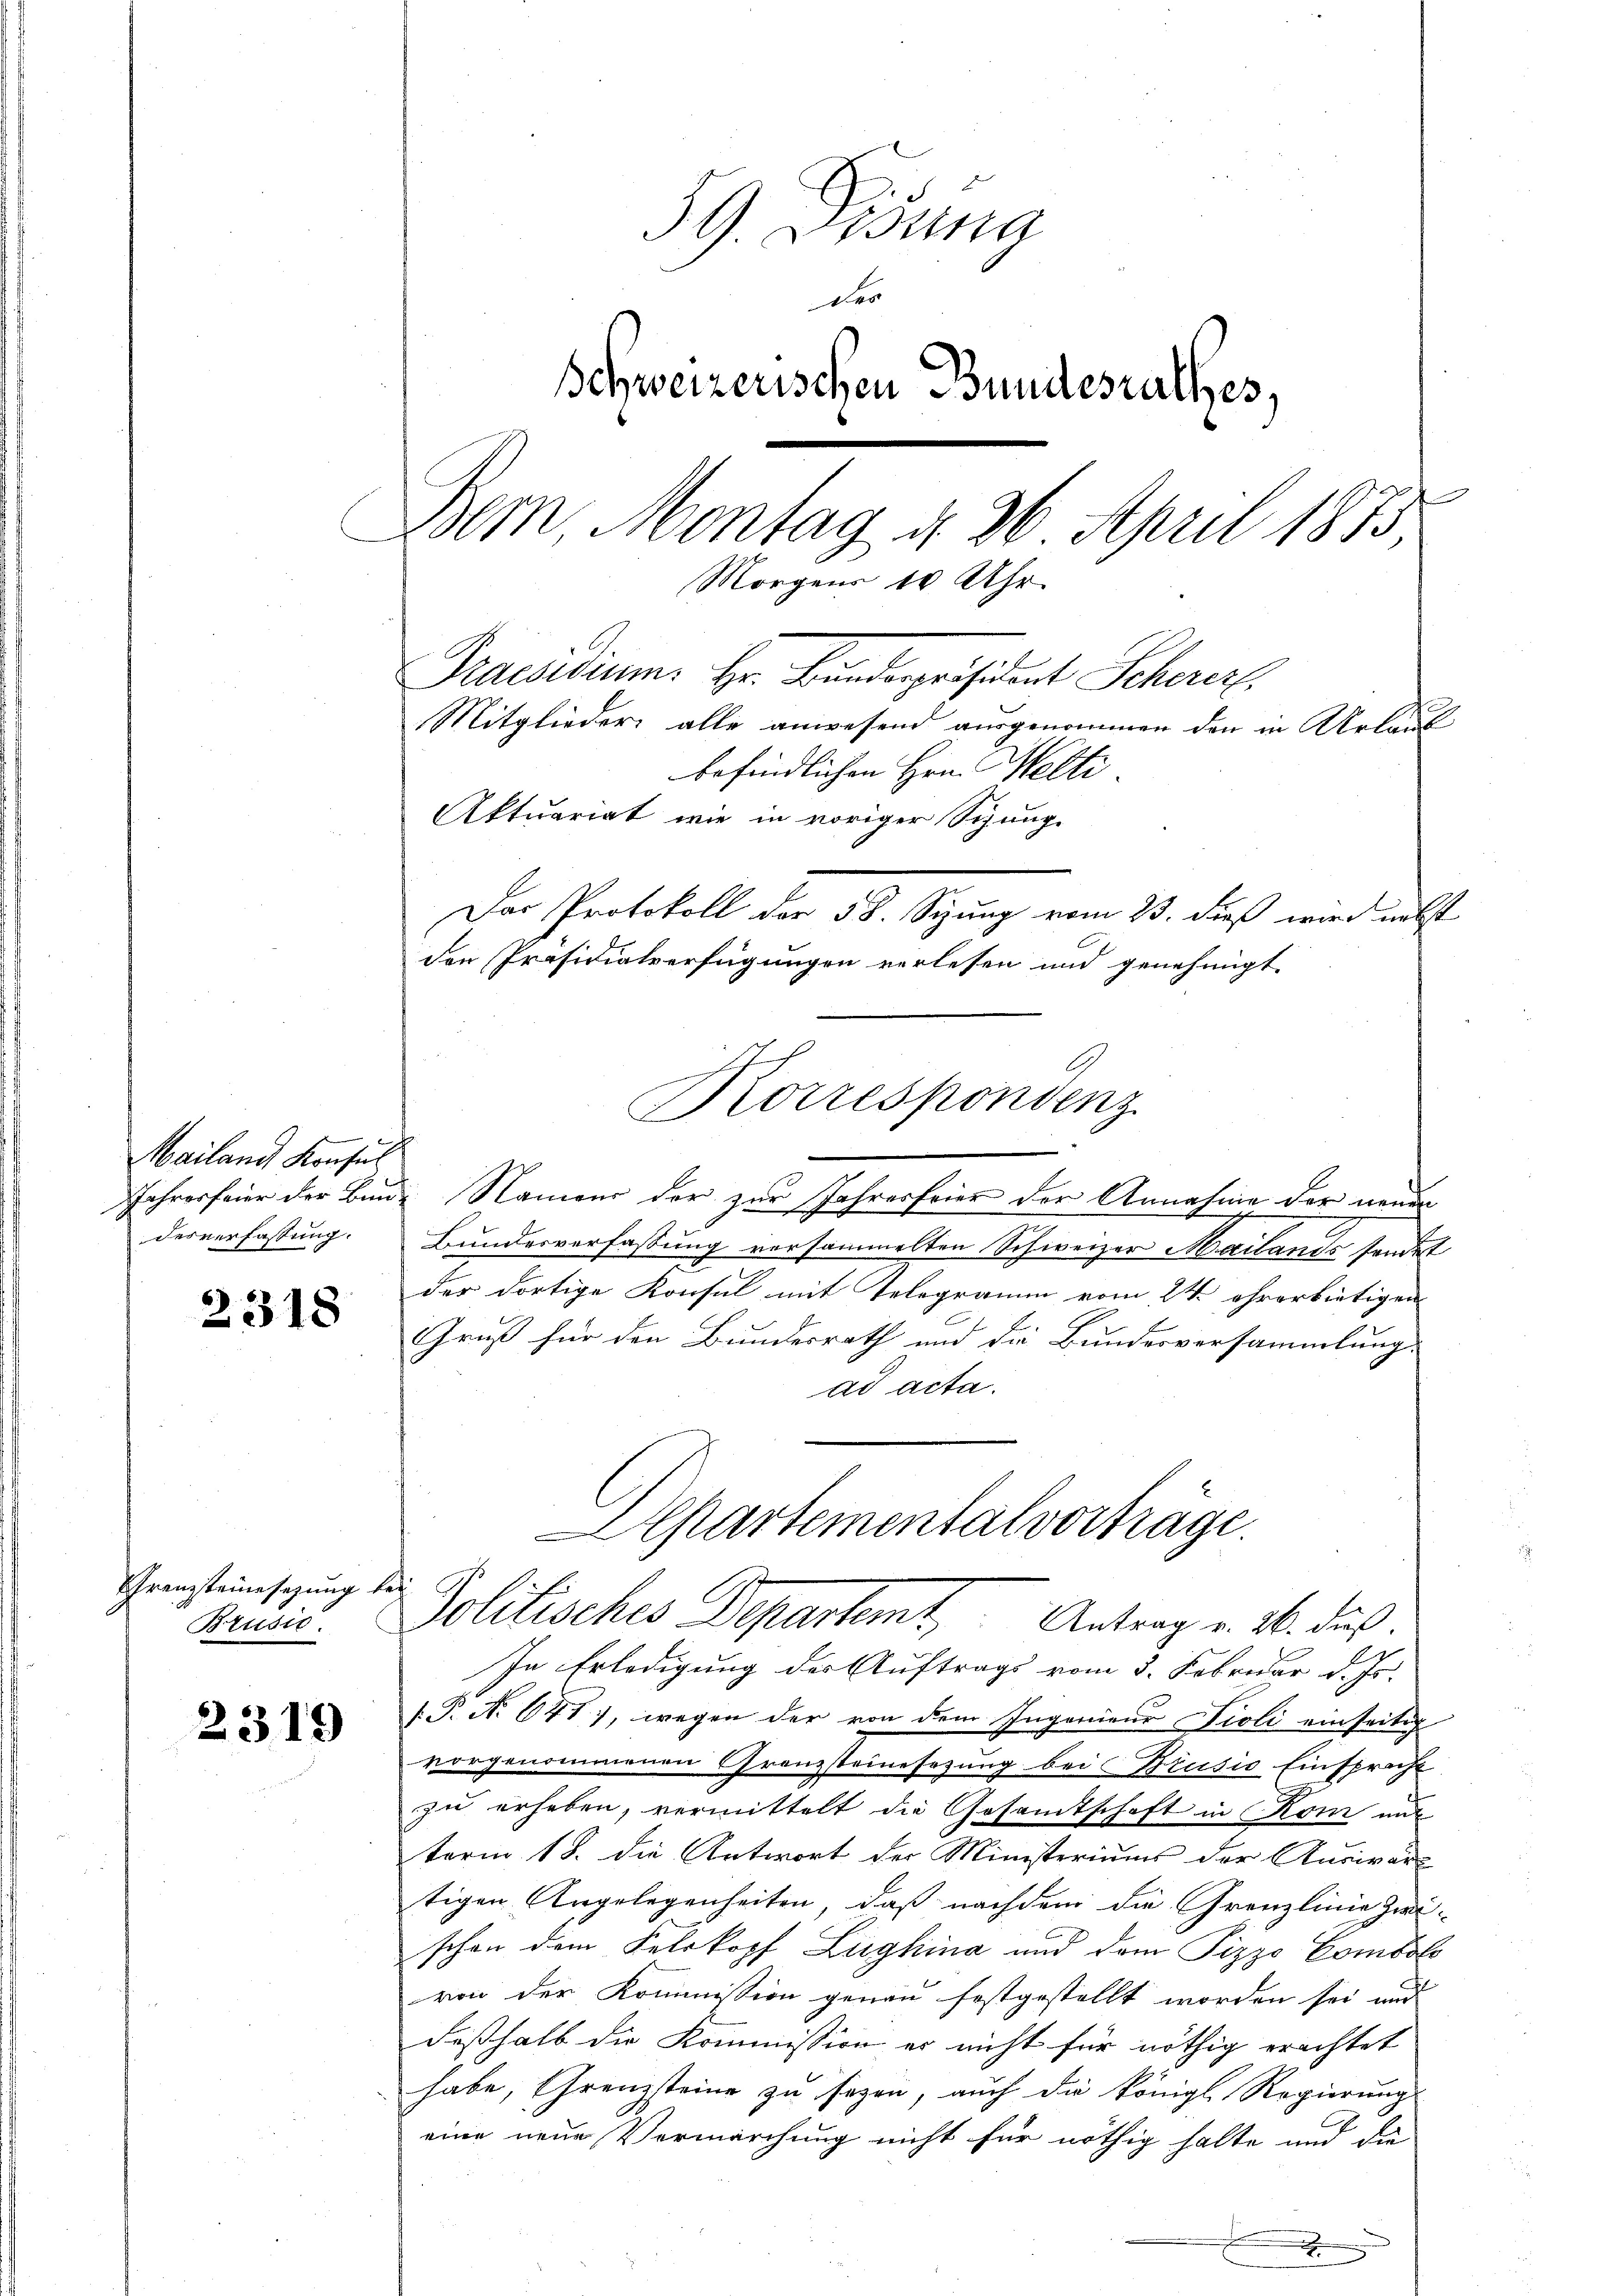
Mailand Konsul
desverfassung.

2318

Grenzsteinesezung
Brusio.

2319

59. Disung
der
Schweizerischen Bundesrathes,
Bem, Montag d. 26. April 1873,
Morgens 10 Uhr.
Praesidium. Hr. Bandespräsident Scherer
Mitglieder alle anwesend ausgenommen den in Urlauf
befindlichen Hrn. Welti
Aktuariat wie in voriger Schunge
Das Protokoll der 58. Sizung vom 23. dieß wird nebst
den Präsidialverfügungen verlesen und genehmigt.

Jahresfeier der Bunde Namens der zur Jahresfeier der Annahme der neuen
Bundesverfassung vorsammelten Schweizer Mailands sendet
der dortige Konsul mit Telegramm vom 24. ehrerbietigen
Gruß für den Bundesrath und die Bundesversammlung
ad acta.
Departemental vorträge.
af
Politisches Departem Antrag v. 26. dus.
In Erledigung der Auftrags vom 3. Februar d. Js.
P.P. No 647), wegen der von dem Ingenieur Tivoli einseitig
vorgenommenen Granzsteinesezung bei Brusio Einspracht
zu erhaben, vermittelt die Gesamtschaft in Rom mit
term 18. die Antwort der Ministeriums der Ausiver-
tigen Angelegenheiten, daß nachdem die Grenzlinie Zwischon dem Felskopf Lughina und dem Pizze Combol
von der Kommission genau festgestellt worden sei und
deßhalb die Kommission er nicht für nöthig erachtet
habe, Grenzsteine zu seyen, auch die königl. Regierung
eine neue Vermarchung nicht für nöthig halte und die

Korrespondenz